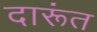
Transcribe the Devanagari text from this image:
दारूंत